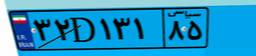
۵۰D۰۵۰۹۲